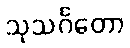
သုသင်္ဂတော